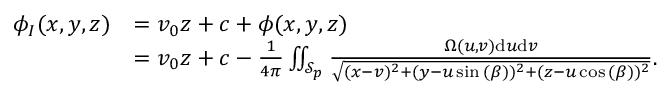
\begin{array} { r l } { \phi _ { I } ( x , y , z ) } & { = v _ { 0 } z + c + \phi ( x , y , z ) } \\ & { = v _ { 0 } z + c - \frac { 1 } { 4 \pi } \iint _ { \mathcal { S } _ { p } } \frac { \Omega ( u , v ) \mathrm { d } u \mathrm { d } v } { \sqrt { ( x - v ) ^ { 2 } + ( y - u \sin { ( \beta ) } ) ^ { 2 } + ( z - u \cos { ( \beta ) } ) ^ { 2 } } } . } \end{array}